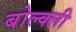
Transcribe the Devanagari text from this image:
बोल्क्ली